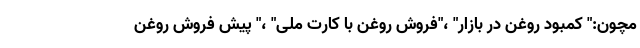
مچون:" کمبود روغن در بازار" ،"فروش روغن با کارت ملی" ،" پیش فروش روغن